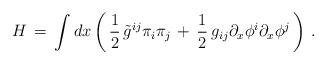
LaTeX: \begin{align*}H\, =\, \int dx \left( \, {1\over 2}\, \tilde{g}^{ij} \pi_i \pi_j\, +\, {1\over 2}\, g_{ij} \partial_x \phi^i \partial_x \phi^j \, \right)\, .\end{align*}